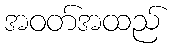
အဝတ်အထည်